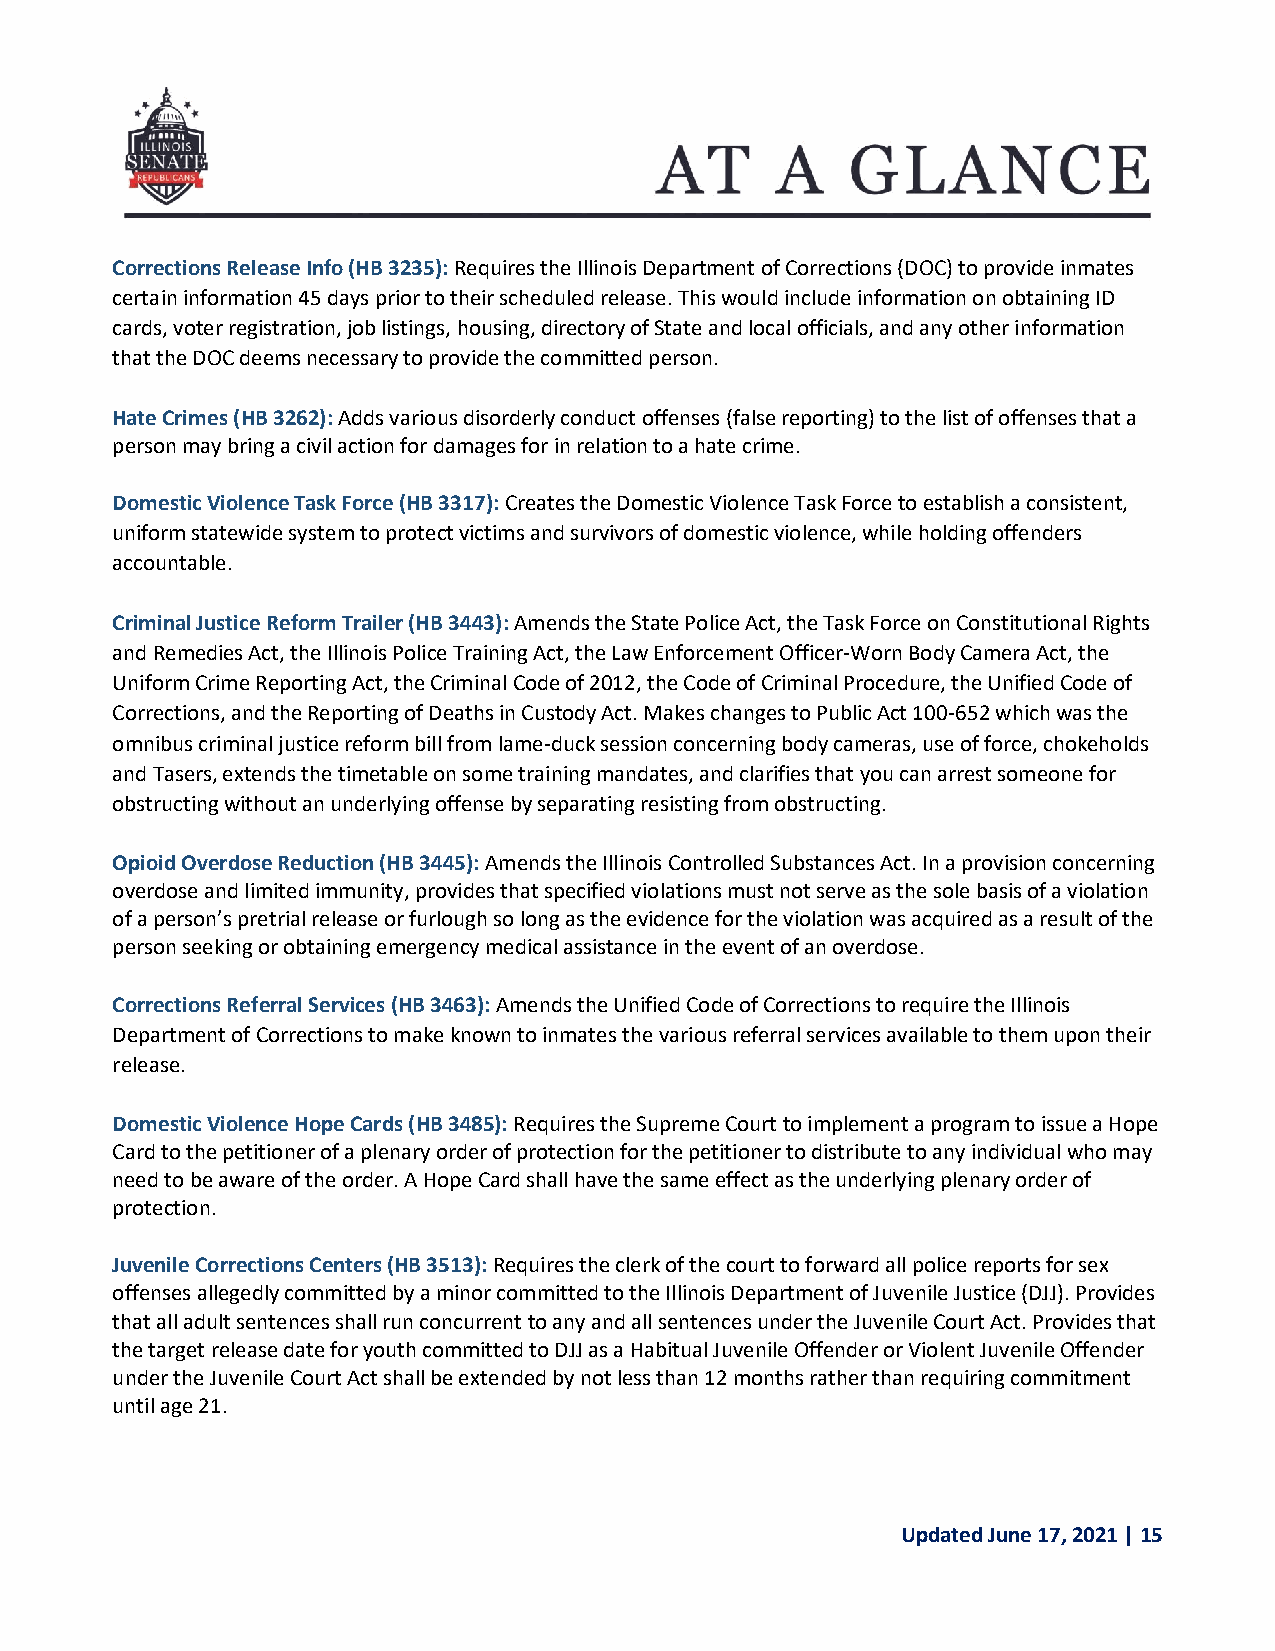
Corrections Release Info (HB 3235): Requires the Illinois Department of Corrections (DOC) to provide inmates
 certain information 45 days prior to their scheduled release. This would include information on obtaining ID
 cards, voter registration, job listings, housing, directory of State and local officials, and any other information
 that the DOC deems necessary to provide the committed person.
 Hate Crimes (HB 3262): Adds various disorderly conduct offenses (false reporting) to the list of offenses that a
 person may bring a civil action for damages for in relation to a hate crime.
 Domestic Violence Task Force (HB 3317): Creates the Domestic Violence Task Force to establish a consistent,
 uniform statewide system to protect victims and survivors of domestic violence, while holding offenders
 accountable.
 Criminal Justice Reform Trailer (HB 3443): Amends the State Police Act, the Task Force on Constitutional Rights
 and Remedies Act, the Illinois Police Training Act, the Law Enforcement Officer-Worn Body Camera Act, the
 Uniform Crime Reporting Act, the Criminal Code of 2012, the Code of Criminal Procedure, the Unified Code of
 Corrections, and the Reporting of Deaths in Custody Act. Makes changes to Public Act 100-652 which was the
 omnibus criminal justice reform bill from lame-duck session concerning body cameras, use of force, chokeholds
 and Tasers, extends the timetable on some training mandates, and clarifies that you can arrest someone for
 obstructing without an underlying offense by separating resisting from obstructing.
 Opioid Overdose Reduction (HB 3445): Amends the Illinois Controlled Substances Act. In a provision concerning
 overdose and limited immunity, provides that specified violations must not serve as the sole basis of a violation
 of a person’s pretrial release or furlough so long as the evidence for the violation was acquired as a result of the
 person seeking or obtaining emergency medical assistance in the event of an overdose.
 Corrections Referral Services (HB 3463): Amends the Unified Code of Corrections to require the Illinois
 Department of Corrections to make known to inmates the various referral services available to them upon their
 release.
 Domestic Violence Hope Cards (HB 3485): Requires the Supreme Court to implement a program to issue a Hope
 Card to the petitioner of a plenary order of protection for the petitioner to distribute to any individual who may
 need to be aware of the order. A Hope Card shall have the same effect as the underlying plenary order of
 protection.
 Juvenile Corrections Centers (HB 3513): Requires the clerk of the court to forward all police reports for sex
 offenses allegedly committed by a minor committed to the Illinois Department of Juvenile Justice (DJJ). Provides
 that all adult sentences shall run concurrent to any and all sentences under the Juvenile Court Act. Provides that
 the target release date for youth committed to DJJ as a Habitual Juvenile Offender or Violent Juvenile Offender
 under the Juvenile Court Act shall be extended by not less than 12 months rather than requiring commitment
 until age 21.
 Updated June 17, 2021 | 15